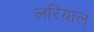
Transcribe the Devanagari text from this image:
लरियाल्